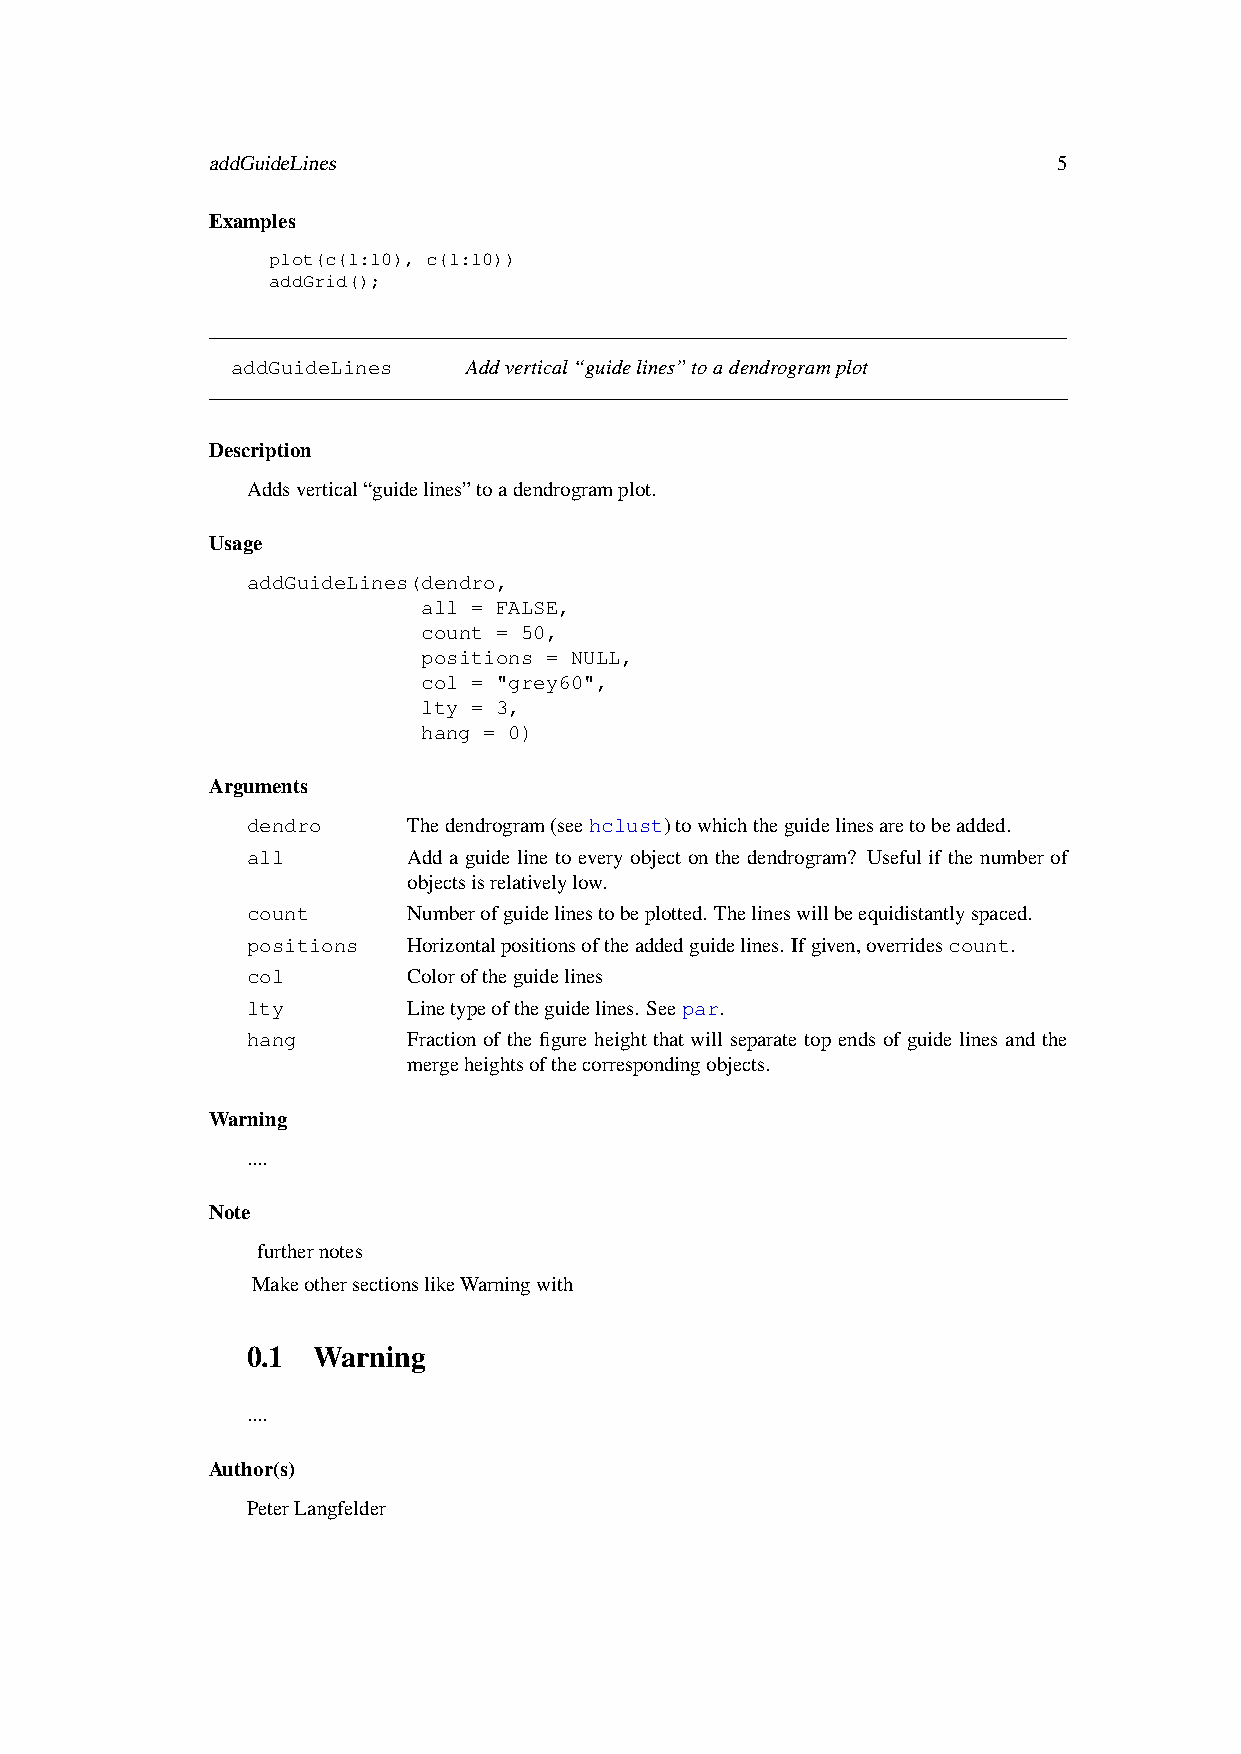
addGuideLines                                           5
 Examples
 plot(c(1:10), c(1:10))
 addGrid();
 addGuideLines   Addvertical“guidelines”toadendrogramplot
 Description
 Addsvertical“guidelines”toadendrogramplot.
 Usage
 addGuideLines(dendro,
 all = FALSE,
 count = 50,
 positions = NULL,
 col = "grey60",
 lty = 3,
 hang = 0)
 Arguments
 dendro     Thedendrogram(seehclust)towhichtheguidelinesaretobeadded.
 all        Add a guide line to every object on the dendrogram? Useful if the number of
 objectsisrelativelylow.
 count      Numberofguidelinestobeplotted. Thelineswillbeequidistantlyspaced.
 positions  Horizontalpositionsoftheaddedguidelines. Ifgiven,overridescount.
 col        Coloroftheguidelines
 lty        Linetypeoftheguidelines. Seepar.
 hang       Fraction of the figure height that will separate top ends of guide lines and the
 mergeheightsofthecorrespondingobjects.
 Warning
 ....
 Note
 furthernotes
 MakeothersectionslikeWarningwith
 0.1  Warning
 ....
 Author(s)
 PeterLangfelder